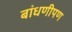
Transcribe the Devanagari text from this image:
बांधणीपण